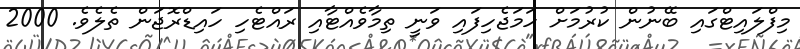
މިފްލައިޓްގައި ބޭނުން ކުރުމަށް ހަމަޖެހިފައި ވަނީ ތިމާވެއްޓާއި ރައްޓެހި ހައިޑްރޮޖަން ތެލެވެ. 2000